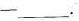
——___.